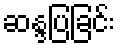
ဆန္ဒပြခြင်း